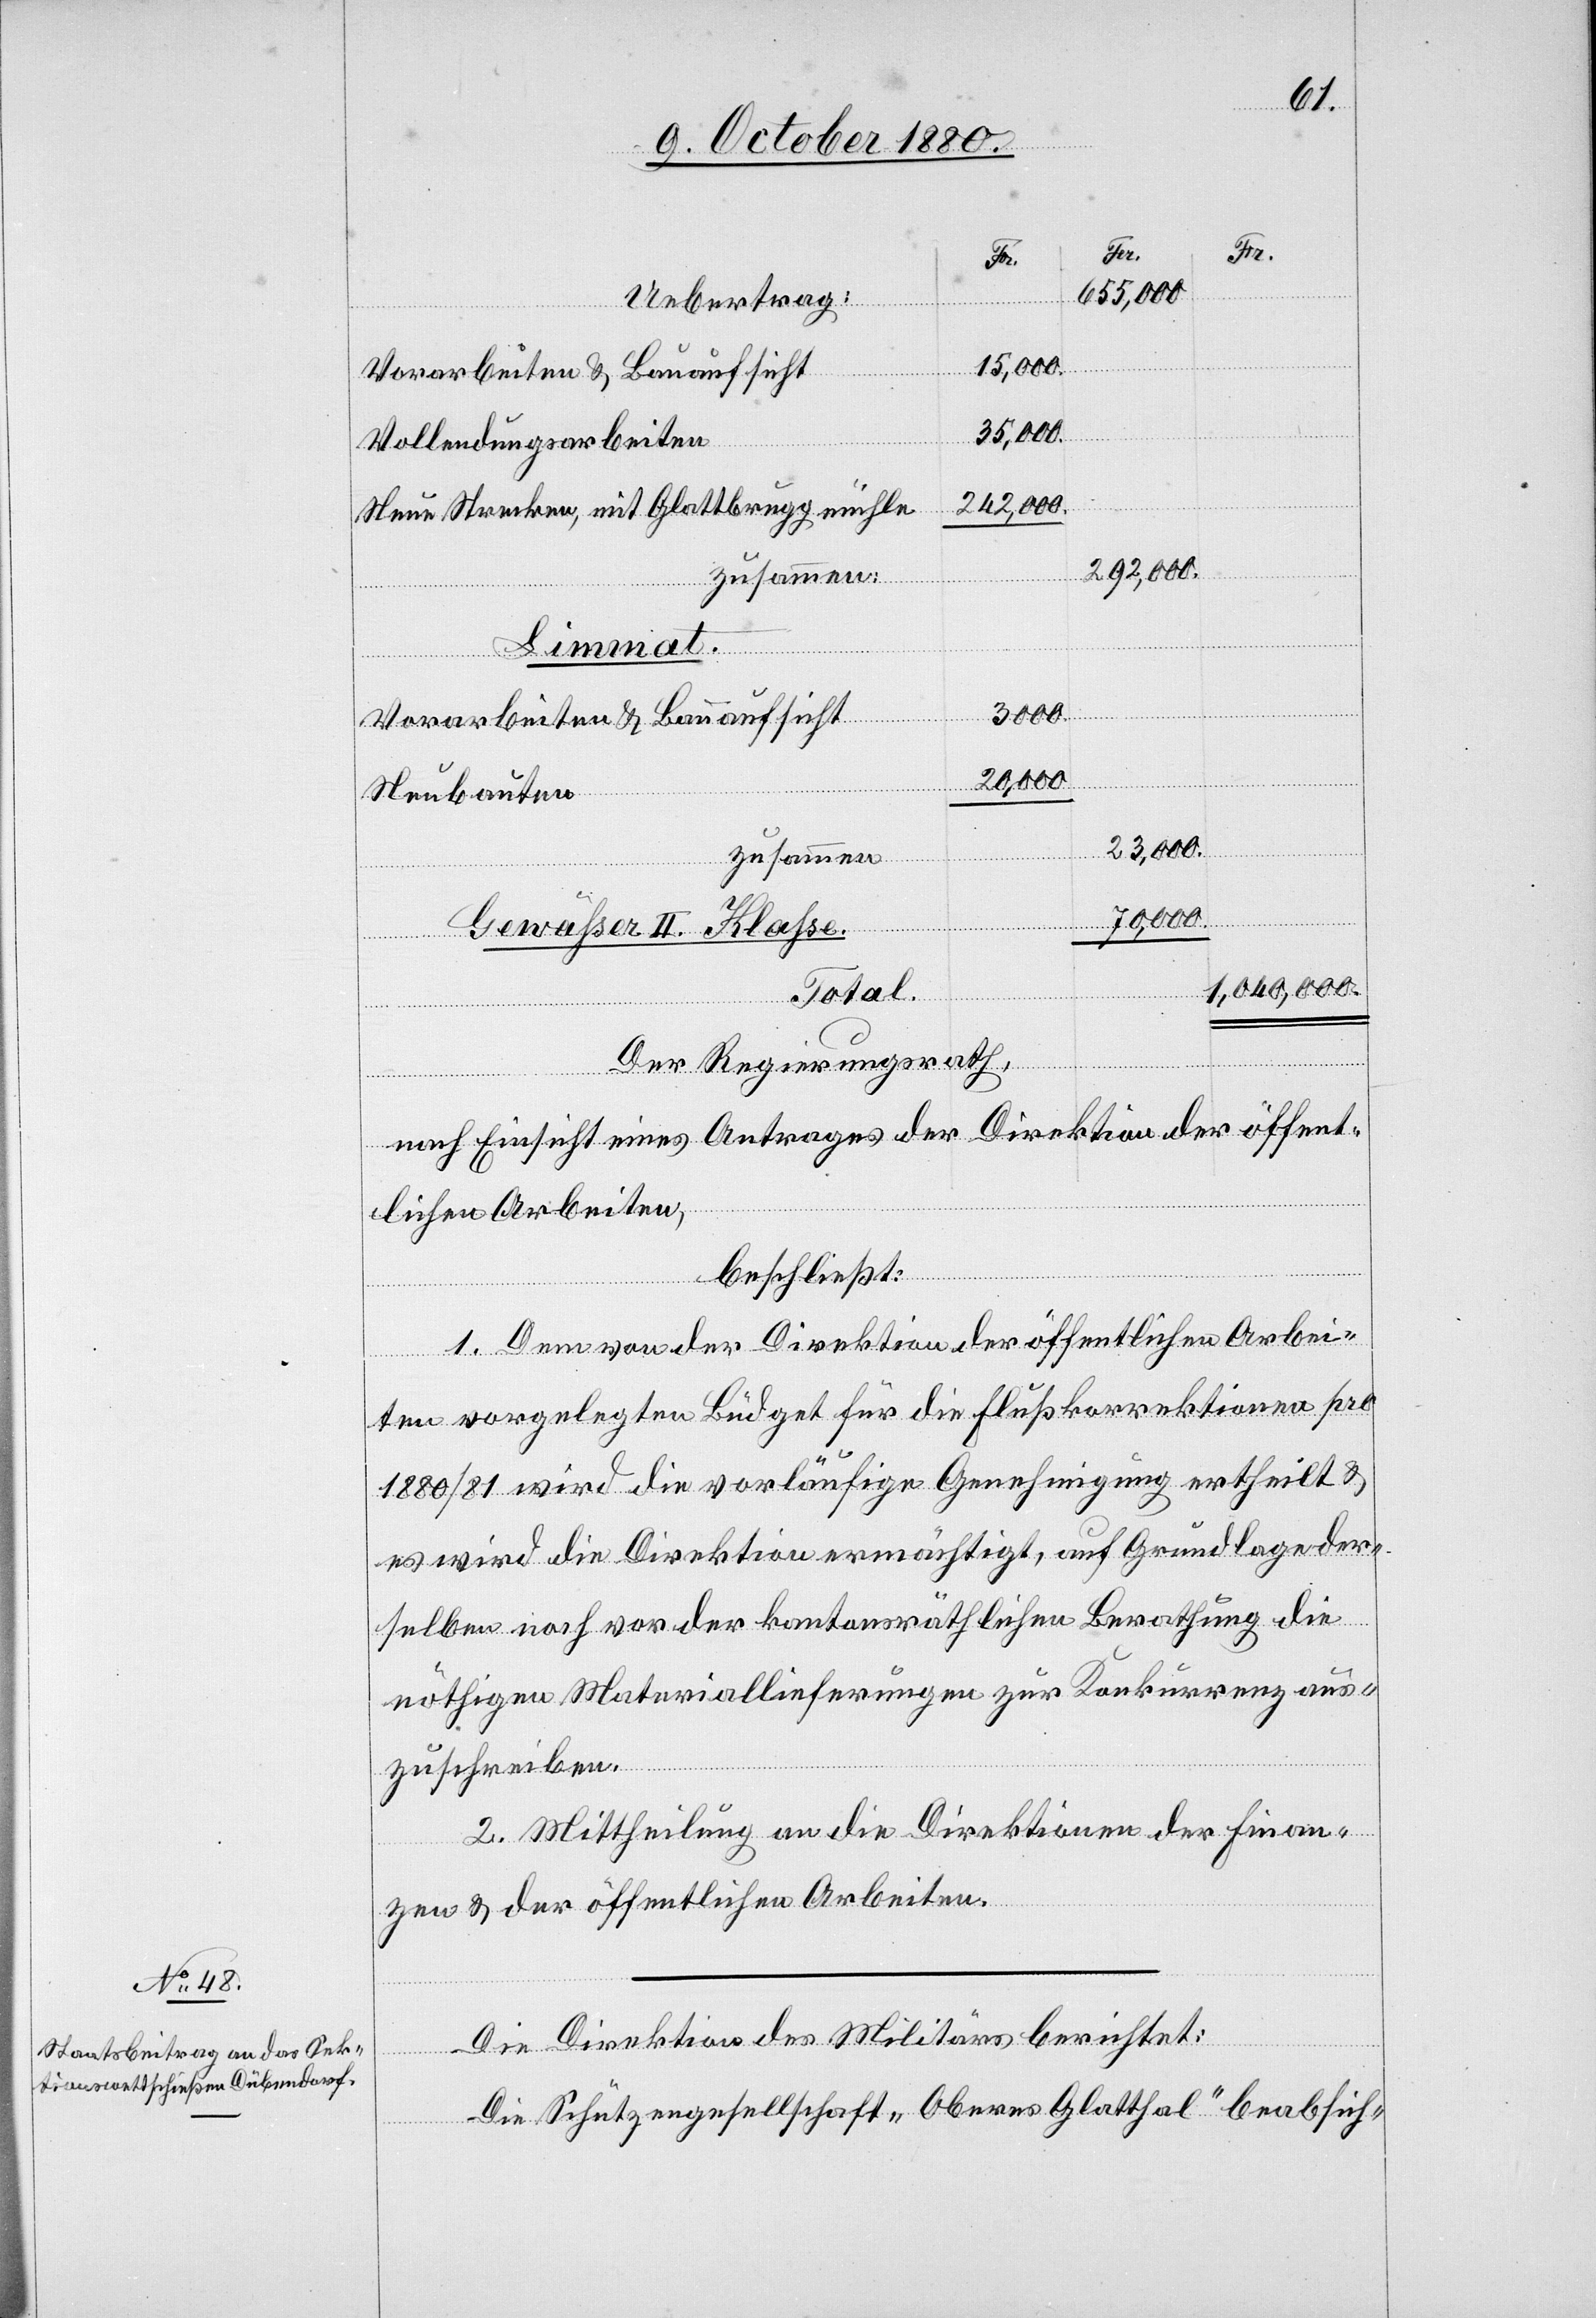
15,000
Vollendungsarbeiten
242,000
Neue Strecken, mit Glattbruggmühle
292,000
zusammen
Limmat.
Vorarbeiten & Bauaufsicht
70,000
Neubauten
23,000
zusammen:
Gewäßer II. Klasse.
1,040,000.
Der Regierungsrath,
nach Einsicht eines Antrages der Direktion der öffent¬
lichen Arbeiten,
beschließt:
1. Dem von der Direktion der öffentlichen Arbei¬
Total
ten vorgelegten Büdget für die Flußkorrektion pro
1880/81 wird die vorläufige Genehmigung ertheilt &
es wird die Direktion ermächtigt, auf Grundlage der¬
selben noch vor der kantonsräthlichen Berathung die
nöthigen Materiallieferungen zur Konkurrenz aus¬
zuschreiben.
2. Mittheilung an die Direktion der Finan¬
zen & der öffentlichen Arbeiten.
Die Direktion des Militärs berichtet:
Die Schützengesellschaft „Oberes Glatthal“ beabsich-